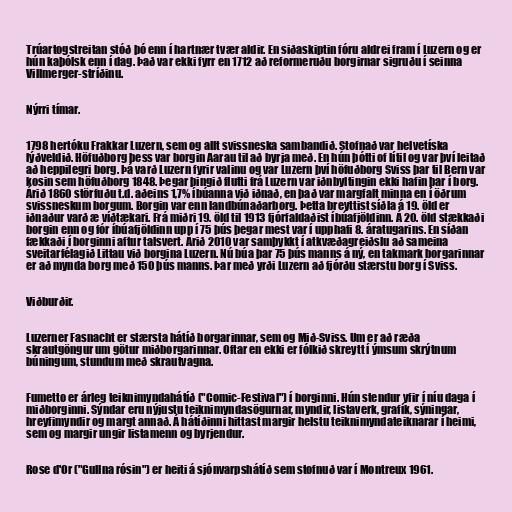
Trúartogstreitan stóð þó enn í hartnær tvær aldir. En siðaskiptin fóru aldrei fram í Luzern og er
hún kaþólsk enn í dag. Það var ekki fyrr en 1712 að reformeruðu borgirnar sigruðu í seinna
Villmerger-stríðinu.

Nýrri tímar.

1798 hertóku Frakkar Luzern, sem og allt svissneska sambandið. Stofnað var helvetíska
lýðveldið. Höfuðborg þess var borgin Aarau til að byrja með. En hún þótti of lítil og var því leitað
að heppilegri borg. Þá varð Luzern fyrir valinu og var Luzern því höfuðborg Sviss þar til Bern var
kosin sem höfuðborg 1848. Þegar þingið flutti frá Luzern var iðnbyltingin ekki hafin þar í borg.
Árið 1860 störfuðu t.d. aðeins 1,7% íbúanna við iðnað, en það var margfalt minna en í öðrum
svissneskum borgum. Borgin var enn landbúnaðarborg. Þetta breyttist síðla á 19. öld er
iðnaður varð æ víðtækari. Frá miðri 19. öld til 1913 fjórfaldaðist íbúafjöldinn. Á 20. öld stækkaði
borgin enn og fór íbúafjöldinn upp í 75 þús þegar mest var í upphafi 8. áratugarins. En síðan
fækkaði í borginni aftur talsvert. Árið 2010 var samþykkt í atkvæðagreiðslu að sameina
sveitarfélagið Littau við borgina Luzern. Nú búa þar 75 þús manns á ný, en takmark borgarinnar
er að mynda borg með 150 þús manns. Þar með yrði Luzern að fjórðu stærstu borg í Sviss.

Viðburðir.

Luzerner Fasnacht er stærsta hátíð borgarinnar, sem og Mið-Sviss. Um er að ræða
skrautgöngur um götur miðborgarinnar. Oftar en ekki er fólkið skreytt í ýmsum skrýtnum
búningum, stundum með skrautvagna.

Fumetto er árleg teiknimyndahátíð ("Comic-Festival") í borginni. Hún stendur yfir í níu daga í
miðborginni. Sýndar eru nýjustu teiknimyndasögurnar, myndir, listaverk, grafík, sýningar,
hreyfimyndir og margt annað. Á hátíðinni hittast margir helstu teiknimyndateiknarar í heimi,
sem og margir ungir listamenn og byrjendur.

Rose d'Or ("Gullna rósin") er heiti á sjónvarpshátíð sem stofnuð var í Montreux 1961.